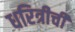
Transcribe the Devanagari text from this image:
धरित्रीची